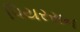
પિયરસન